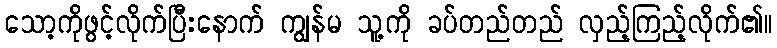
သော့ကိုဖွင့်လိုက်ပြီးနောက် ကျွန်မ သူ့ကို ခပ်တည်တည် လှည့်ကြည့်လိုက်၏။